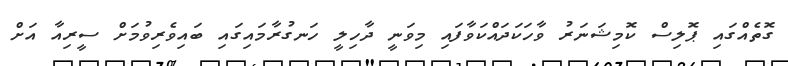
ގޮތެއްގައި ޕޮލިސް ކޮމިޝަނަރު ވާހަކަދައްކަވާފައި މިވަނީ ދާހިލީ ހަނގުރާމައިގައި ބައިވެރިވުމަށް ސީރިއާ އަށް